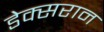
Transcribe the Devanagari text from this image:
डेक्सरान